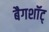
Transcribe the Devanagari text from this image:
बैगशॉट्